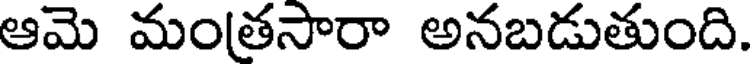
ఆమె మంతసారా అనబడుతుంది.